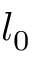
l _ { 0 }